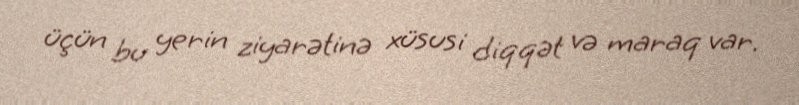
üçün bu yerin ziyarətinə xüsusi diqqət və maraq var.